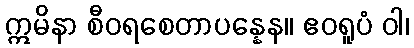
ဣမိနာ စီဝရစေတာပန္နေန။ ဧဝရူပံ ဝါ၊